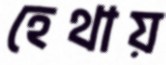
হেথায়